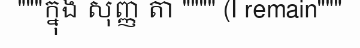
"""ក្នុង សុញ្ញ តា """" (I remain"""